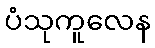
ပံသုကူလေန